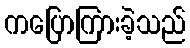
ကပြောကြားခဲ့သည်